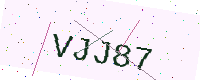
Text: VJJ87